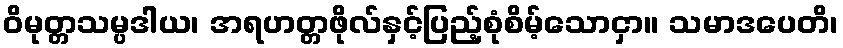
ဝိမုတ္တသမ္ပဒါယ၊ အရဟတ္တဖိုလ်နှင့်ပြည့်စုံစိမ့်သောငှာ။ သမာဒပေတိ၊